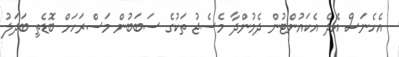
އެހެނަސް އެދެ އެކައުންޓުން ދެމުންދާ މެސެޖު ތަކުގެ ސަބަބުން މަސްރަހަށް ބޮޑެތި ބަދަލު